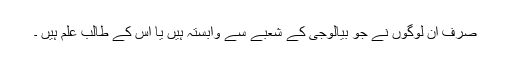
صرف ان لوگوں نے جو بیالوجی کے شعبے سے وابستہ ہیں یا اس کے طالب علم ہیں ۔